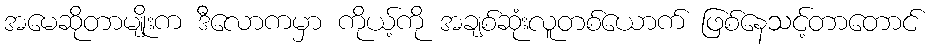
အမေဆိုတာမျိုးက ဒီလောကမှာ ကိုယ့်ကို အချစ်ဆုံးလူတစ်ယောက် ဖြစ်နေသင့်တာတောင်